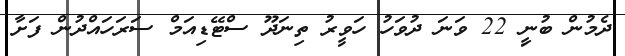
ދެމުން ބުނިީ 22 ވަނަ ދުވަހު ހަވީރު ތިނަދޫ ސްޓޭޑިއަމް ސަރަހައްދުން ފަށާ